Vaccination in the Punjab 1883-1896 - 1883-1896
Year: 1883
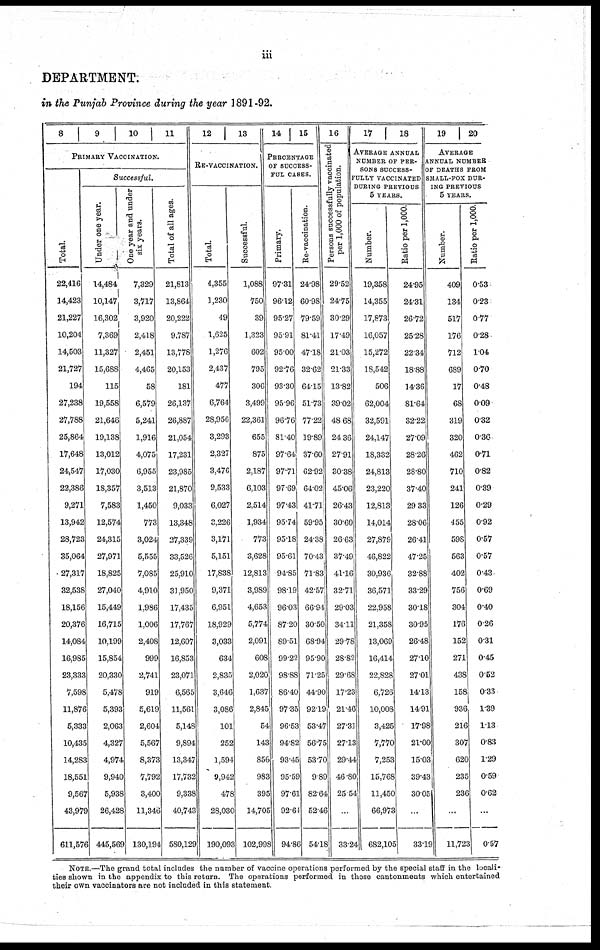
iii
DEPARTMENT.
in the Punjab Province during the year 1891-92.
8 9 10 11
PRIMARY VACCINATION.
Total.
22,416
14,423
21,227
10,204
14,503
21,727
194
27,238
27,788
25,864
17,648
24,547
22,386
9,271
13,942
28,723
35,064
27,317
32,538
18,156
20,376
14,084
16,985
23,333
7,598
11,876
5,333
10,435
14,283
18,551
9,567
43,979
611,576
Successful.
Under one year.
14,484
10,147
16,302
7,369
11,327
15,688
115
19,558
21,646
19,138
13,012
17,030
18,357
7,583
12,574
24,315
27,971
18,825
27,040
15,449
16,715
10,199
15,854
20,330
5,478
5,393
2,063
4,327
4,974
9,940
5,938
26,428
445,569
One year and under
six years.
7,329
3,717
3,920
2,418
2,451
4,465
58
6,579
5,241
1,916
4,075
6,955
3,513
1,450
773
3,024
5,555
7,085
4,910
1,986
1,006
2,408
999
2,741
919
5,619
2,604
5,567
8,373
7,792
3,400
11,346
130,194
Total of all ages.
21,813
13,864
20,222
9,787
13,778
20,153
181
26,137
26,887
21,054
17,231
23,985
21,870
9,033
13,348
27,339
33,526
25,910
31,950
17,435
17,767
12,607
16,853
23,071
6,565
11,561
5,148
9,894
13,347
17,732
9,338
40,743
580,129
12
13
RE-VACCINATION.
Total.
4,355
1,230
49
1,625
1,276
2,437
477
6,764
28,956
3,293
2,327
3,476
9,533
6,027
3,226
3,171
5,151
17,838
9,371
6,951
18,929
3,033
634
2,835
3,646
3,086
101
252
1,594
9,942
478
28,030
190,093
Successful.
1,088
750
39
1,323
602
795
306
3,499
22,361
655
875
2,187
6,103
2,514
1,934
773
3,628
12,813
3,989
4,653
5,774
2,091
608
2,020
1,637
2,845
54
143
856
983
395
14,705
102,998
14
15
PERCENTAGE
OF SUCCESS-
FUL CASES.
Primary.
97.31
96.12
95.27
95.91
95.00
92.76
93.30
95.96
96.76
81.40
97.64
97.71
97.69
97.43
95.74
95.18
95.61
94.85
98.19
96.03
87.20
89.51
99.22
98.88
86.40
97.35
96.53
94.82
93.45
95.59
97.61
92.64
94.86
Re-vaccination.
24.98
60.98
79.59
81.41
47.18
32.62
64.15
51.73
77.22
19.89
37.60
62.92
64.02
41.71
59.95
24.38
70.43
71.83
42.57
66.94
30.50
68.94
95.90
71.25
44.90
92.19
53.47
56.75
53.70
9.89
82.64
52.46
54.18
16
Persons successfully vaccinated
per 1,000 of population.
29.52
24.75
30.29
17.49
21.03
21.33
13.82
39.02
48.68
24.36
27.91
30.38
45.06
26.43
30.60
26.63
37.49
41.16
32.71
29.03
34.11
29.78
28.82
29.68
17.23
21.46
27.31
27.13
29.44
46 .80
25.54
...
33.24
17
18
AVERAGE ANNUAL
NUMBER OF PER-
SONS SUCCESS-
FULLY VACCINATED
DURING PREVIOUS
5 YEARS.
Number.
19,358
14,355
17,873
16,057
15,272
18,542
506
62,004
32,591
24,147
18,332
24,813
23,220
12,813
14,014
27,879
46,822
30,936
36,571
22,958
21,358
13,069
16,414
22,828
6,726
10,008
3,425
7,770
7,253
15,768
11,450
66,973
682,105
Ratio
per 1,000.
24.95
24.31
26.72
25.28
22.34
18.88
14.36
81.64
32.22
27.09
28.26
28.80
37.40
29.33
28.06
26.41
47.25
32.88
33.29
30.18
30.95
26.48
27.10
27.01
14.13
14.91
17.98
21.00
15.03
39.43
30.05
...
33.19
19
20
AVERAGE
ANNUAL NUMBER
OF DEATHS FROM
SMALL-POX DUR-
ING PREVIOUS
5 YEARS.
Number.
409
134
517
176
712
689
17
68
319
320
462
710
241
126
455
598
563
402
756
304
176
152
271
438
158
936
216
307
620
235
236
...
11,723
Ratio
per 1,000.
0.53
0.23
0.77
0.28
1.04
0.70
0.48
0.09
0.32
0.36
0.71
0.82
0.39
0.29
0.92
0.57
0.57
0.43
0.69
0.40
0.26
0.31
0.45
0.52
0.33
1.39
1.13
0.83
1.29
0.59
0.62
...
0.57
NOTE.—The grand total includes the number of vaccine operations performed by the special staff in the locali-
ties shown in the appendix to this return. The operations performed in those cantonments which entertained
their own vaccinators are not included in this statement.